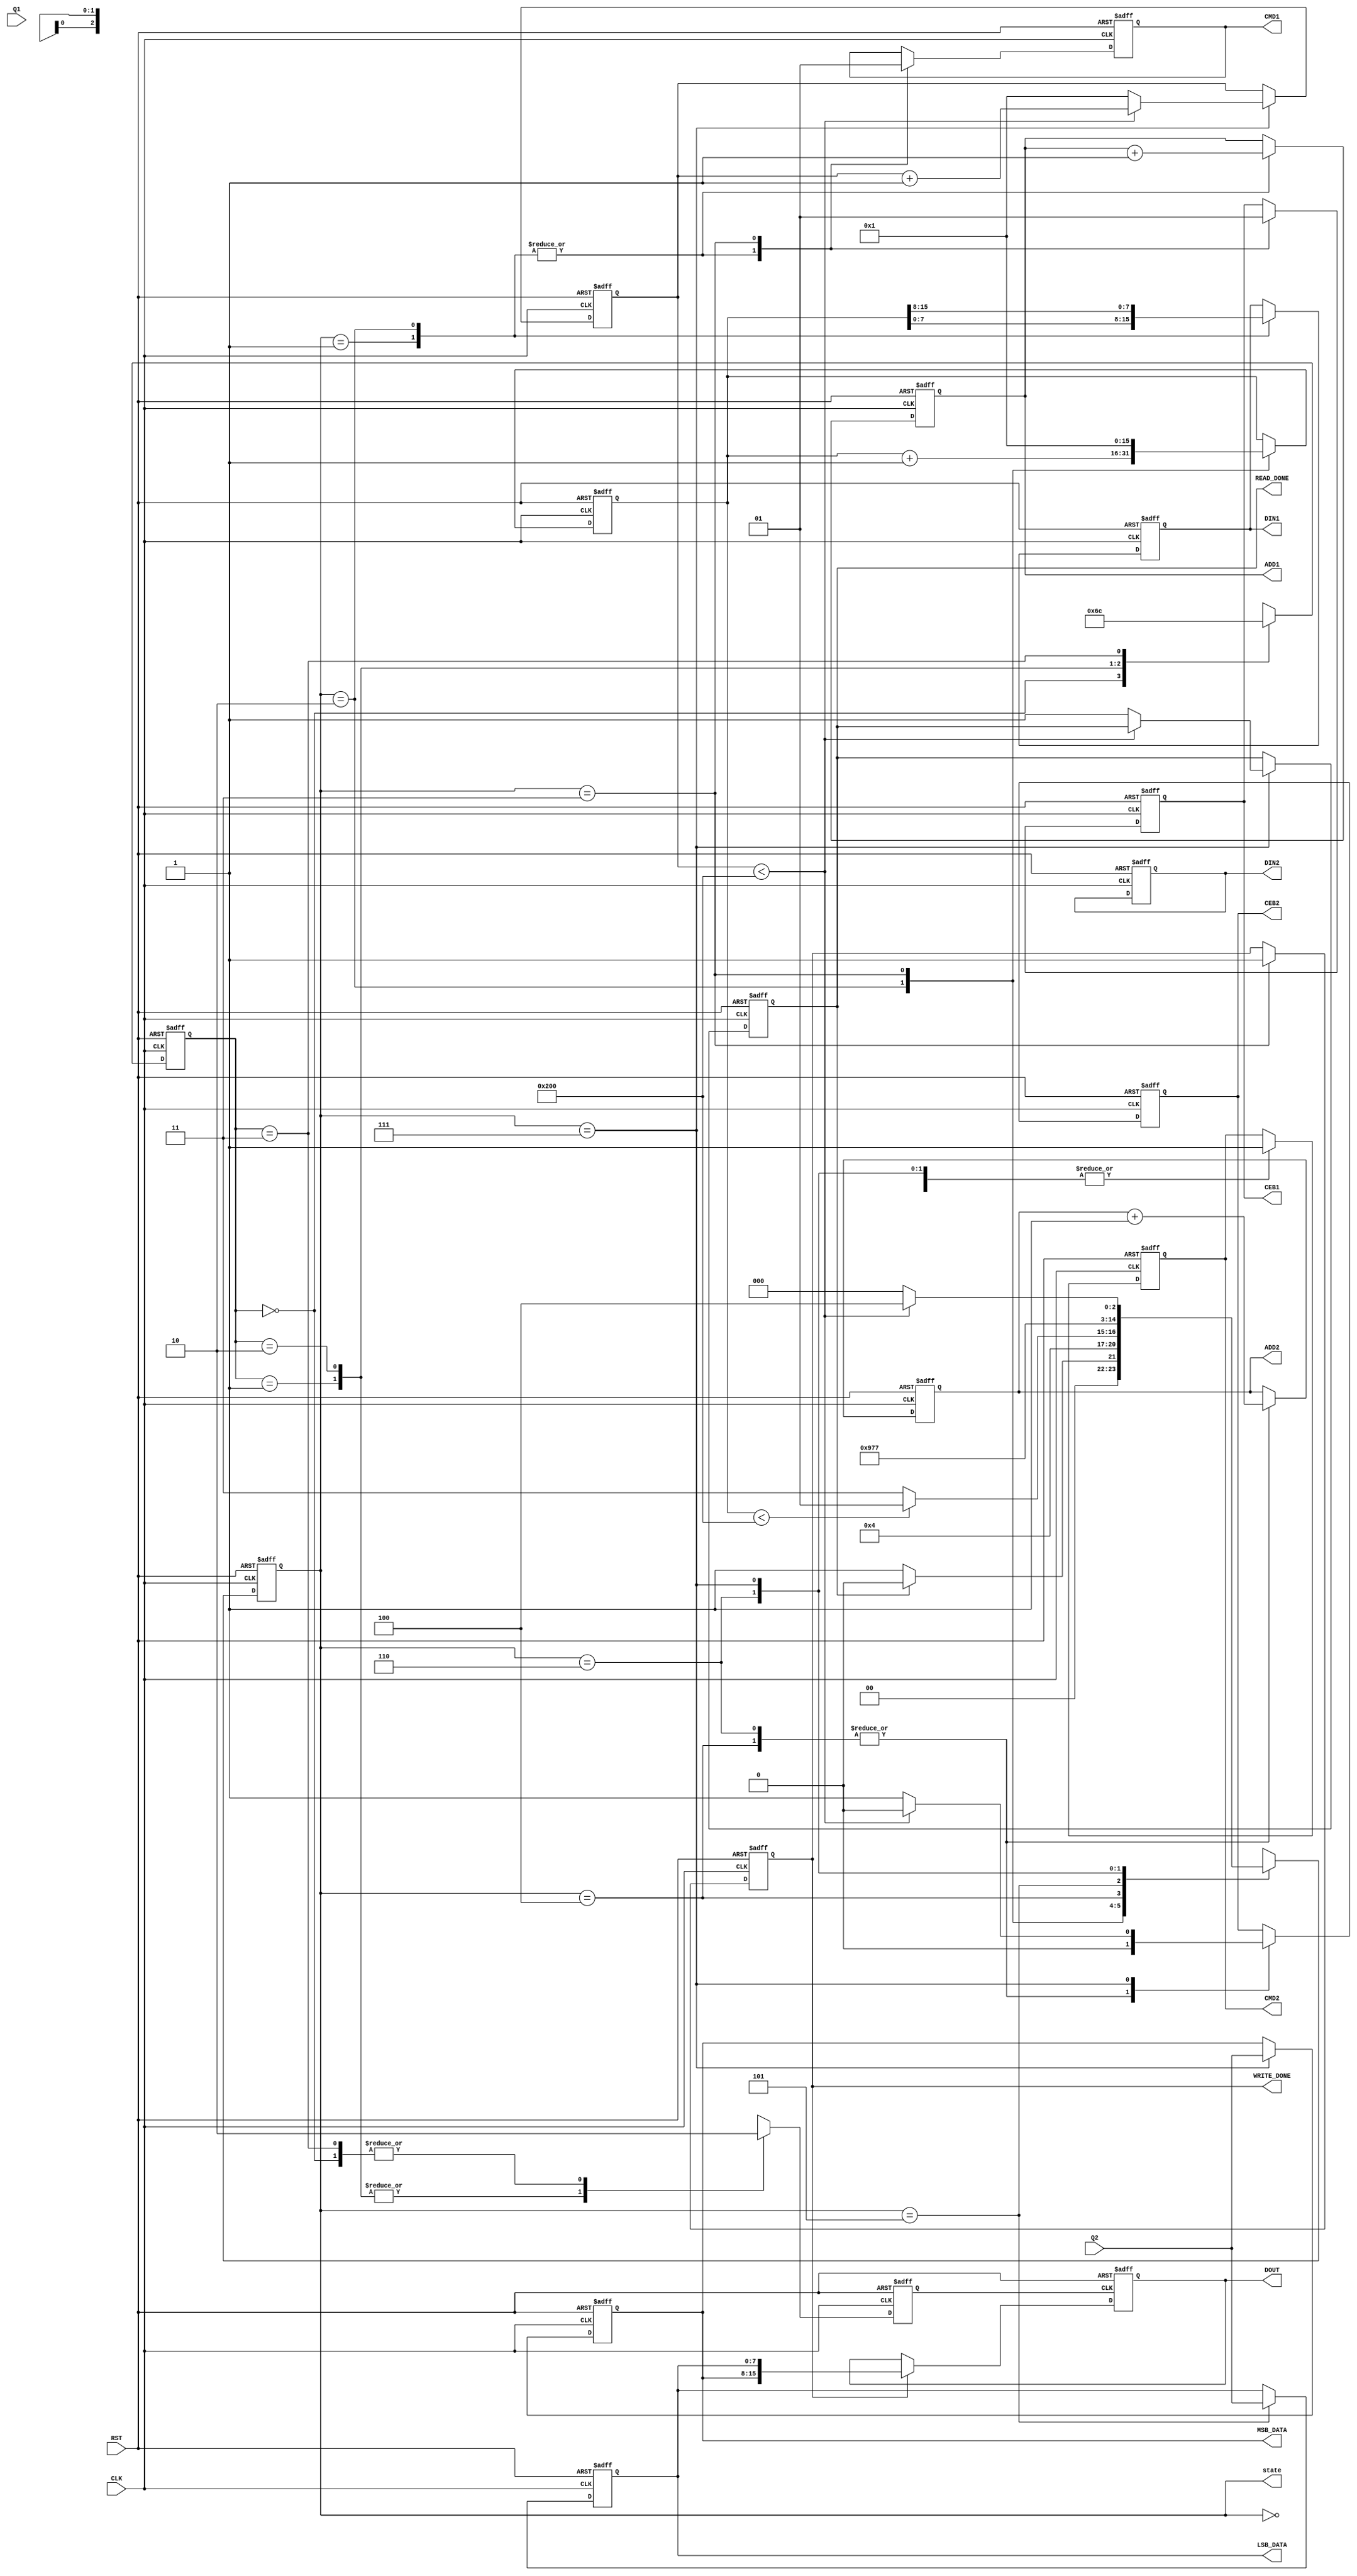
//Verilog HDL for "intanW_dima_rf", "data_transfer_ctrl" "functional"



module SRAM_check_behav_v2_full( 
CLK,
RST,
Q1,
Q2,
CEB1,
CEB2,
ADD1,
ADD2,
CMD1,
CMD2,
DIN1,
DIN2,



MSB_DATA,
LSB_DATA,
DOUT,
WRITE_DONE,
READ_DONE,

state,
);

parameter write_num = 512;

input CLK;
input RST;
//READOUT ports
input [7:0] Q1;
input [7:0] Q2;
//chip enable(low) 
output reg CEB1;
output reg CEB2;
//write(low)/read(high)
output reg CMD1;
output reg CMD2;
output reg [9:0] ADD1; //write it on negedge
// read from Q2 port 
output reg [9:0] ADD2; 
// write to DIN port 
output reg [7:0] DIN1;
output reg [7:0] DIN2;

reg [15:0] cnt;
reg [15:0] rcnt;
output reg [7:0] MSB_DATA;
output reg [7:0] LSB_DATA;
output reg [15:0] DOUT;
output reg WRITE_DONE;
output reg READ_DONE;
reg [1:0] div_cnt;
reg  clkd;
reg dac_sample;

output reg [2:0] state;
parameter 
	IDLE 		= 0,
	WRITE_LSB 	= 1,
	WRITE_MSB 	= 2,
	WRITE_DONE_ST	= 3,
	SET_READ_LSB 	= 4,
	READ_LSB	= 5,
	SET_READ_MSB 	= 6,
	READ_MSB 	= 7;
  
always @(negedge CLK or posedge RST)
begin
	if (RST)
	begin
		CEB1 		<= 1'b1;
		CEB2 		<= 1'b1;
		CMD1 		<= 1'b1;
		CMD2 		<= 1'b1;
		ADD1 		<= -1;
		ADD2 		<= -1;
		DIN1 		<= 0;
		DIN2 		<= 0;
		cnt  		<= 1;
		rcnt  		<= 1;
		state  		<= IDLE;
		WRITE_DONE 	<= 0;
		READ_DONE 	<= 0;
		LSB_DATA	<= 0;
		MSB_DATA	<= 0;
	end
	else
	begin
		case (state)
		IDLE:
		begin
			if (READ_DONE==1)
			begin
				state <= IDLE;
			end
			else
			begin
				state <= WRITE_LSB;
			end
		end
		WRITE_LSB:
		begin
			CEB1 	<= 0;
			CMD1 	<= 0;
			ADD1 	<= ADD1+1;
			DIN1 	<= cnt[7:0];
			state 	<= WRITE_MSB;
		end
		WRITE_MSB:
		begin
			ADD1 	<= ADD1+1;
			DIN1 	<= cnt[15:8];
			cnt 	<= cnt+1;
			CEB1 	<= 0;
			CMD1 	<= 0;
			if (cnt<write_num)
			begin
				state <= WRITE_LSB;
			end
			else
			begin
				state <= WRITE_DONE_ST;
			end
		end
		WRITE_DONE_ST:
		begin
			WRITE_DONE 	<= 1;
			state 		<= SET_READ_LSB;
			CEB1 		<= 1;
			CMD1 		<= 1;
			cnt 		<= 1;
			
		end
		SET_READ_LSB:
		begin
			CEB2 		<= 0;
			CMD2 		<= 1;
			ADD2 		<= ADD2+1;
			state 		<= READ_LSB;
			
		end
		READ_LSB:
		begin
			LSB_DATA	<= Q2;
			state 		<= SET_READ_MSB;
		end
		SET_READ_MSB:
		begin
			CEB2 		<= 0;
			CMD2 		<= 1;
			ADD2 		<= ADD2+1;
			state 		<= READ_MSB;
			
		end
		READ_MSB:
		begin
			MSB_DATA	<= Q2;
			if (rcnt<write_num)
			begin
				state 	<= SET_READ_LSB;
				rcnt 	<= rcnt+1;
				CEB2 	<= 0;
				CMD2 	<= 1;
			end
			else
			begin		
				READ_DONE 	<= 1;
				state <= IDLE;
				CEB2 	<= 1;
				CMD2 	<= 1;
				rcnt 	<= 1;
			end
			
		end
		endcase
	
	end

end
always @(posedge CLK or posedge RST)
begin
	if(RST) begin
		clkd 	<= 0;
		div_cnt <= 0;
		dac_sample <=0;
	end
	else begin
		case (div_cnt)
		0: begin 
		clkd 	<= 0;
		div_cnt	<= 1;
		end
		1: begin 
		clkd 	<= 1;
		div_cnt	<= 2;
		end
		2: begin 
		clkd 	<= 1;
		div_cnt	<= 3;
		end
		3: begin 
		clkd 	<= 0;
		div_cnt	<= 0;
		end
		default: begin
		clkd 	<= 0;
		div_cnt <= 0;	
		end
		endcase
	end
end


always @(posedge clkd or posedge RST)
begin
	if(RST) 
	begin
		DOUT <= 0;
	end
	else 
	begin
		if (WRITE_DONE==1)
		begin
			DOUT <= {MSB_DATA,LSB_DATA};
		end
			
	end
end
endmodule